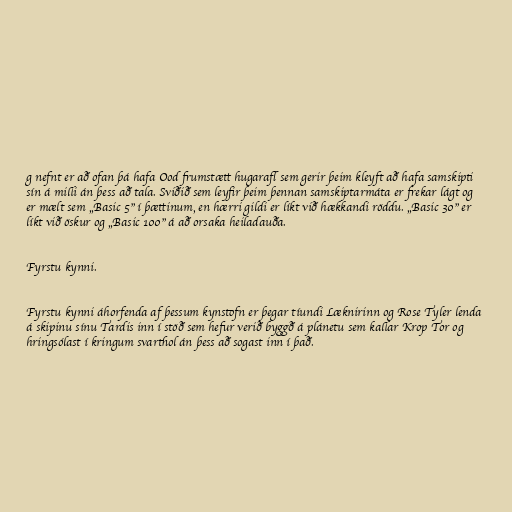
g nefnt er að ofan þá hafa Ood frumstætt hugarafl sem gerir þeim kleyft að hafa samskipti
sín á milli án þess að tala. Sviðið sem leyfir þeim þennan samskiptarmáta er frekar lágt og
er mælt sem „Basic 5” í þættinum, en hærri gildi er líkt við hækkandi röddu. „Basic 30” er
líkt við öskur og „Basic 100” á að orsaka heiladauða.

Fyrstu kynni.

Fyrstu kynni áhorfenda af þessum kynstofn er þegar tíundi Læknirinn og Rose Tyler lenda
á skipinu sínu Tardis inn í stöð sem hefur verið byggð á plánetu sem kallar Krop Tor og
hringsólast í kringum svarthol án þess að sogast inn í það.